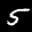
Label: 5